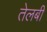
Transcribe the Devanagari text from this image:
तेलबी